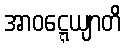
အာဝဋ္ဋေယျာတိ